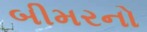
બીમરનો